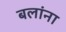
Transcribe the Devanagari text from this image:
बलांना